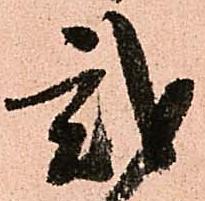
弐